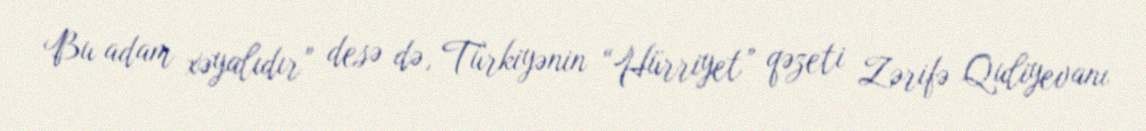
Bu adam xəyalıdır” desə də, Türkiyənin “Hürriyet” qəzeti Zərifə Quliyevanı